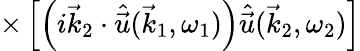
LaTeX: \times\left[\left(i\vec{k}_{2}\cdot\hat{\vec{u}}(\vec{k}_{1},\omega_{1})\right)\hat{\vec{u}}(\vec{k}_{2},\omega_{2})\right]